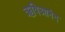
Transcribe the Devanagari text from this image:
ऋषिआनंद